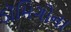
ડૉમિગોના